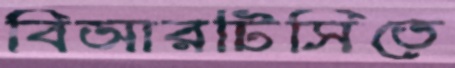
বিআরটিসিতে